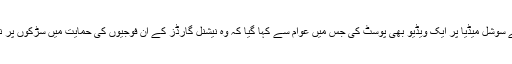
انہوں نے سوشل میڈیا پر ایک ویڈیو بھی پوسٹ کی جس میں عوام سے کہا گیا کہ وہ نیشنل گارڈز کے ان فوجیوں کی حمایت میں سڑکوں پر نکل آئیں۔